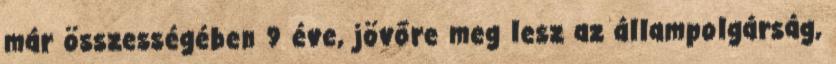
már összességében 9 éve, jövőre meg lesz az állampolgárság,